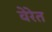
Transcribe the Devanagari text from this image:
वेरेत